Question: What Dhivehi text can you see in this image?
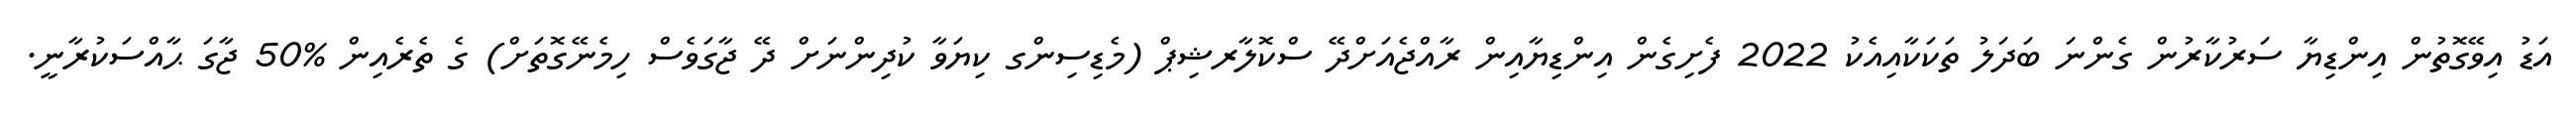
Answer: އަޑު އިވޭގޮތުން އިންޑިޔާ ސަރުކާރުން ގެންނަ ބަދަލު ތަކަކާއިއެކު 2022 ފެށިގެން އިންޑިޔާއިން ރާއްޖެއަށްދޭ ސްކޮލާރޝިޕް (މެޑިސިންގ ކިޔަވާ ކުދިންނަށް ދޭ ޖާގަވެސް ހިމެނޭގޮތަށް) ގެ ތެރެއިން %50 ޖާގަ ޙާއްސަކުރާނީ.